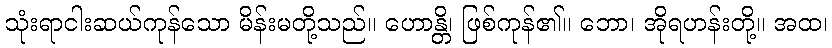
သုံးရာငါးဆယ်ကုန်သော မိန်းမတို့သည်။ ဟောန္တိ၊ ဖြစ်ကုန်၏။ ဘော၊ အိုရဟန်းတို့။ အထ၊